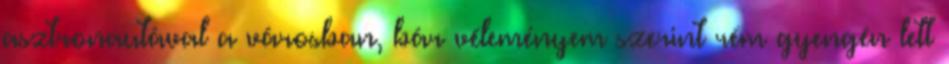
asztronautával a városban, bár véleményem szerint rém gyengén lett